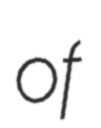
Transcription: of